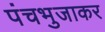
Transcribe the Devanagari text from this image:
पंचभुजाकर